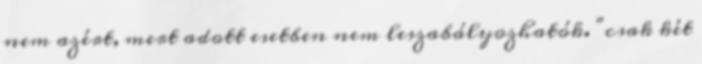
nem azért, mert adott esetben nem leszabályozhatók. "csak két